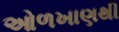
ઓળખાણથી